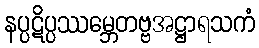
နပ္ပဋိပ္ပဿမ္ဘေတဗ္ဗအဋ္ဌာရသကံ